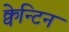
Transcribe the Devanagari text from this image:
क्वेन्टिन